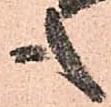
も